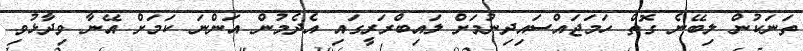
ތަނަކުން ލިބޭނެ ގޮތް ހަމަޖައްސައިދިނުމަށް ލައިބްރަރީގައި އެދެމުން އަންނަ ކަމަށް އޭނާ ވިދާޅުވި